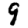
Digit: 9